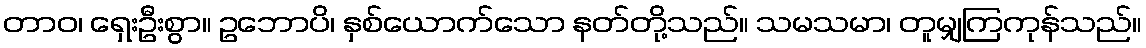
တာဝ၊ ရှေးဦးစွာ။ ဥဘောပိ၊ နှစ်ယောက်သော နတ်တို့သည်။ သမသမာ၊ တူမျှကြကုန်သည်။